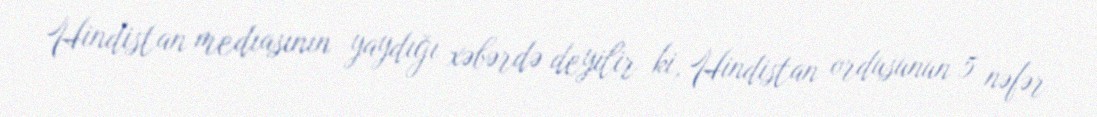
Hindistan mediasının yaydığı xəbərdə deyilir ki, Hindistan ordusunun 5 nəfər